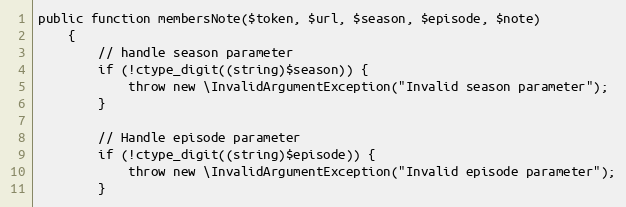
Language: PHP
public function membersNote($token, $url, $season, $episode, $note)
    {
        // handle season parameter
        if (!ctype_digit((string)$season)) {
            throw new \InvalidArgumentException("Invalid season parameter");
        }

        // Handle episode parameter
        if (!ctype_digit((string)$episode)) {
            throw new \InvalidArgumentException("Invalid episode parameter");
        }